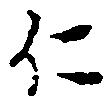
仁